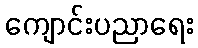
ကျောင်းပညာရေး